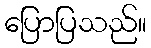
ပြောပြသည်။